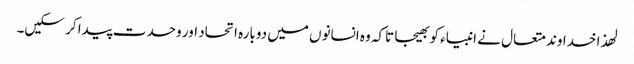
لھذا خداوند متعال نے انبیاء کو بھیجا تاکہ وہ انسانوں میں دوبارہ اتحاد اور وحدت پیدا کر سکیں۔